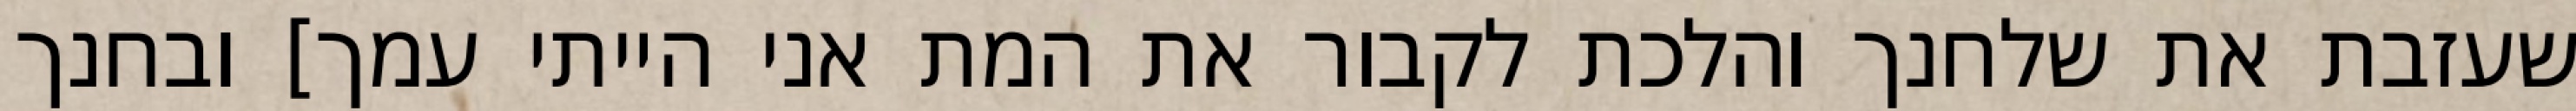
שעזבת את שלחנך והלכת לקבור את המת אני הייתי עמך] ובחנך